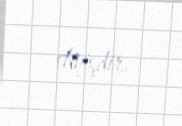
etmişdir.